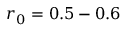
r _ { 0 } = 0 . 5 - 0 . 6